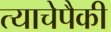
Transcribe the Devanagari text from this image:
त्याचेपैकी